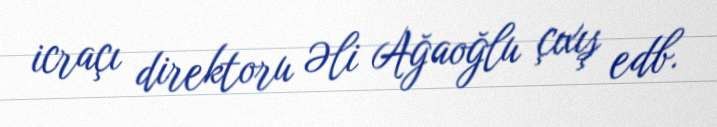
icraçı direktoru Əli Ağaoğlu çıxış edb.